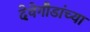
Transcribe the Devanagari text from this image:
देवेगौडांच्या